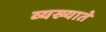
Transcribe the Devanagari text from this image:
व्यख्याते